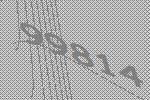
99814